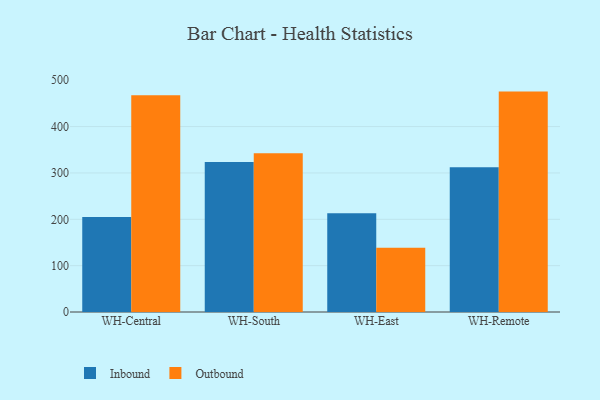
{"axis": {"x": "Warehouse", "y": "Churn Rate (%)"}, "legend": ["Inbound", "Outbound"], "data": [{"x": "WH-Central", "y": 204.8, "type": "Inbound"}, {"x": "WH-Central", "y": 467.4, "type": "Outbound"}, {"x": "WH-South", "y": 323.5, "type": "Inbound"}, {"x": "WH-South", "y": 342.7, "type": "Outbound"}, {"x": "WH-East", "y": 212.9, "type": "Inbound"}, {"x": "WH-East", "y": 138.6, "type": "Outbound"}, {"x": "WH-Remote", "y": 312.3, "type": "Inbound"}, {"x": "WH-Remote", "y": 475.5, "type": "Outbound"}]}